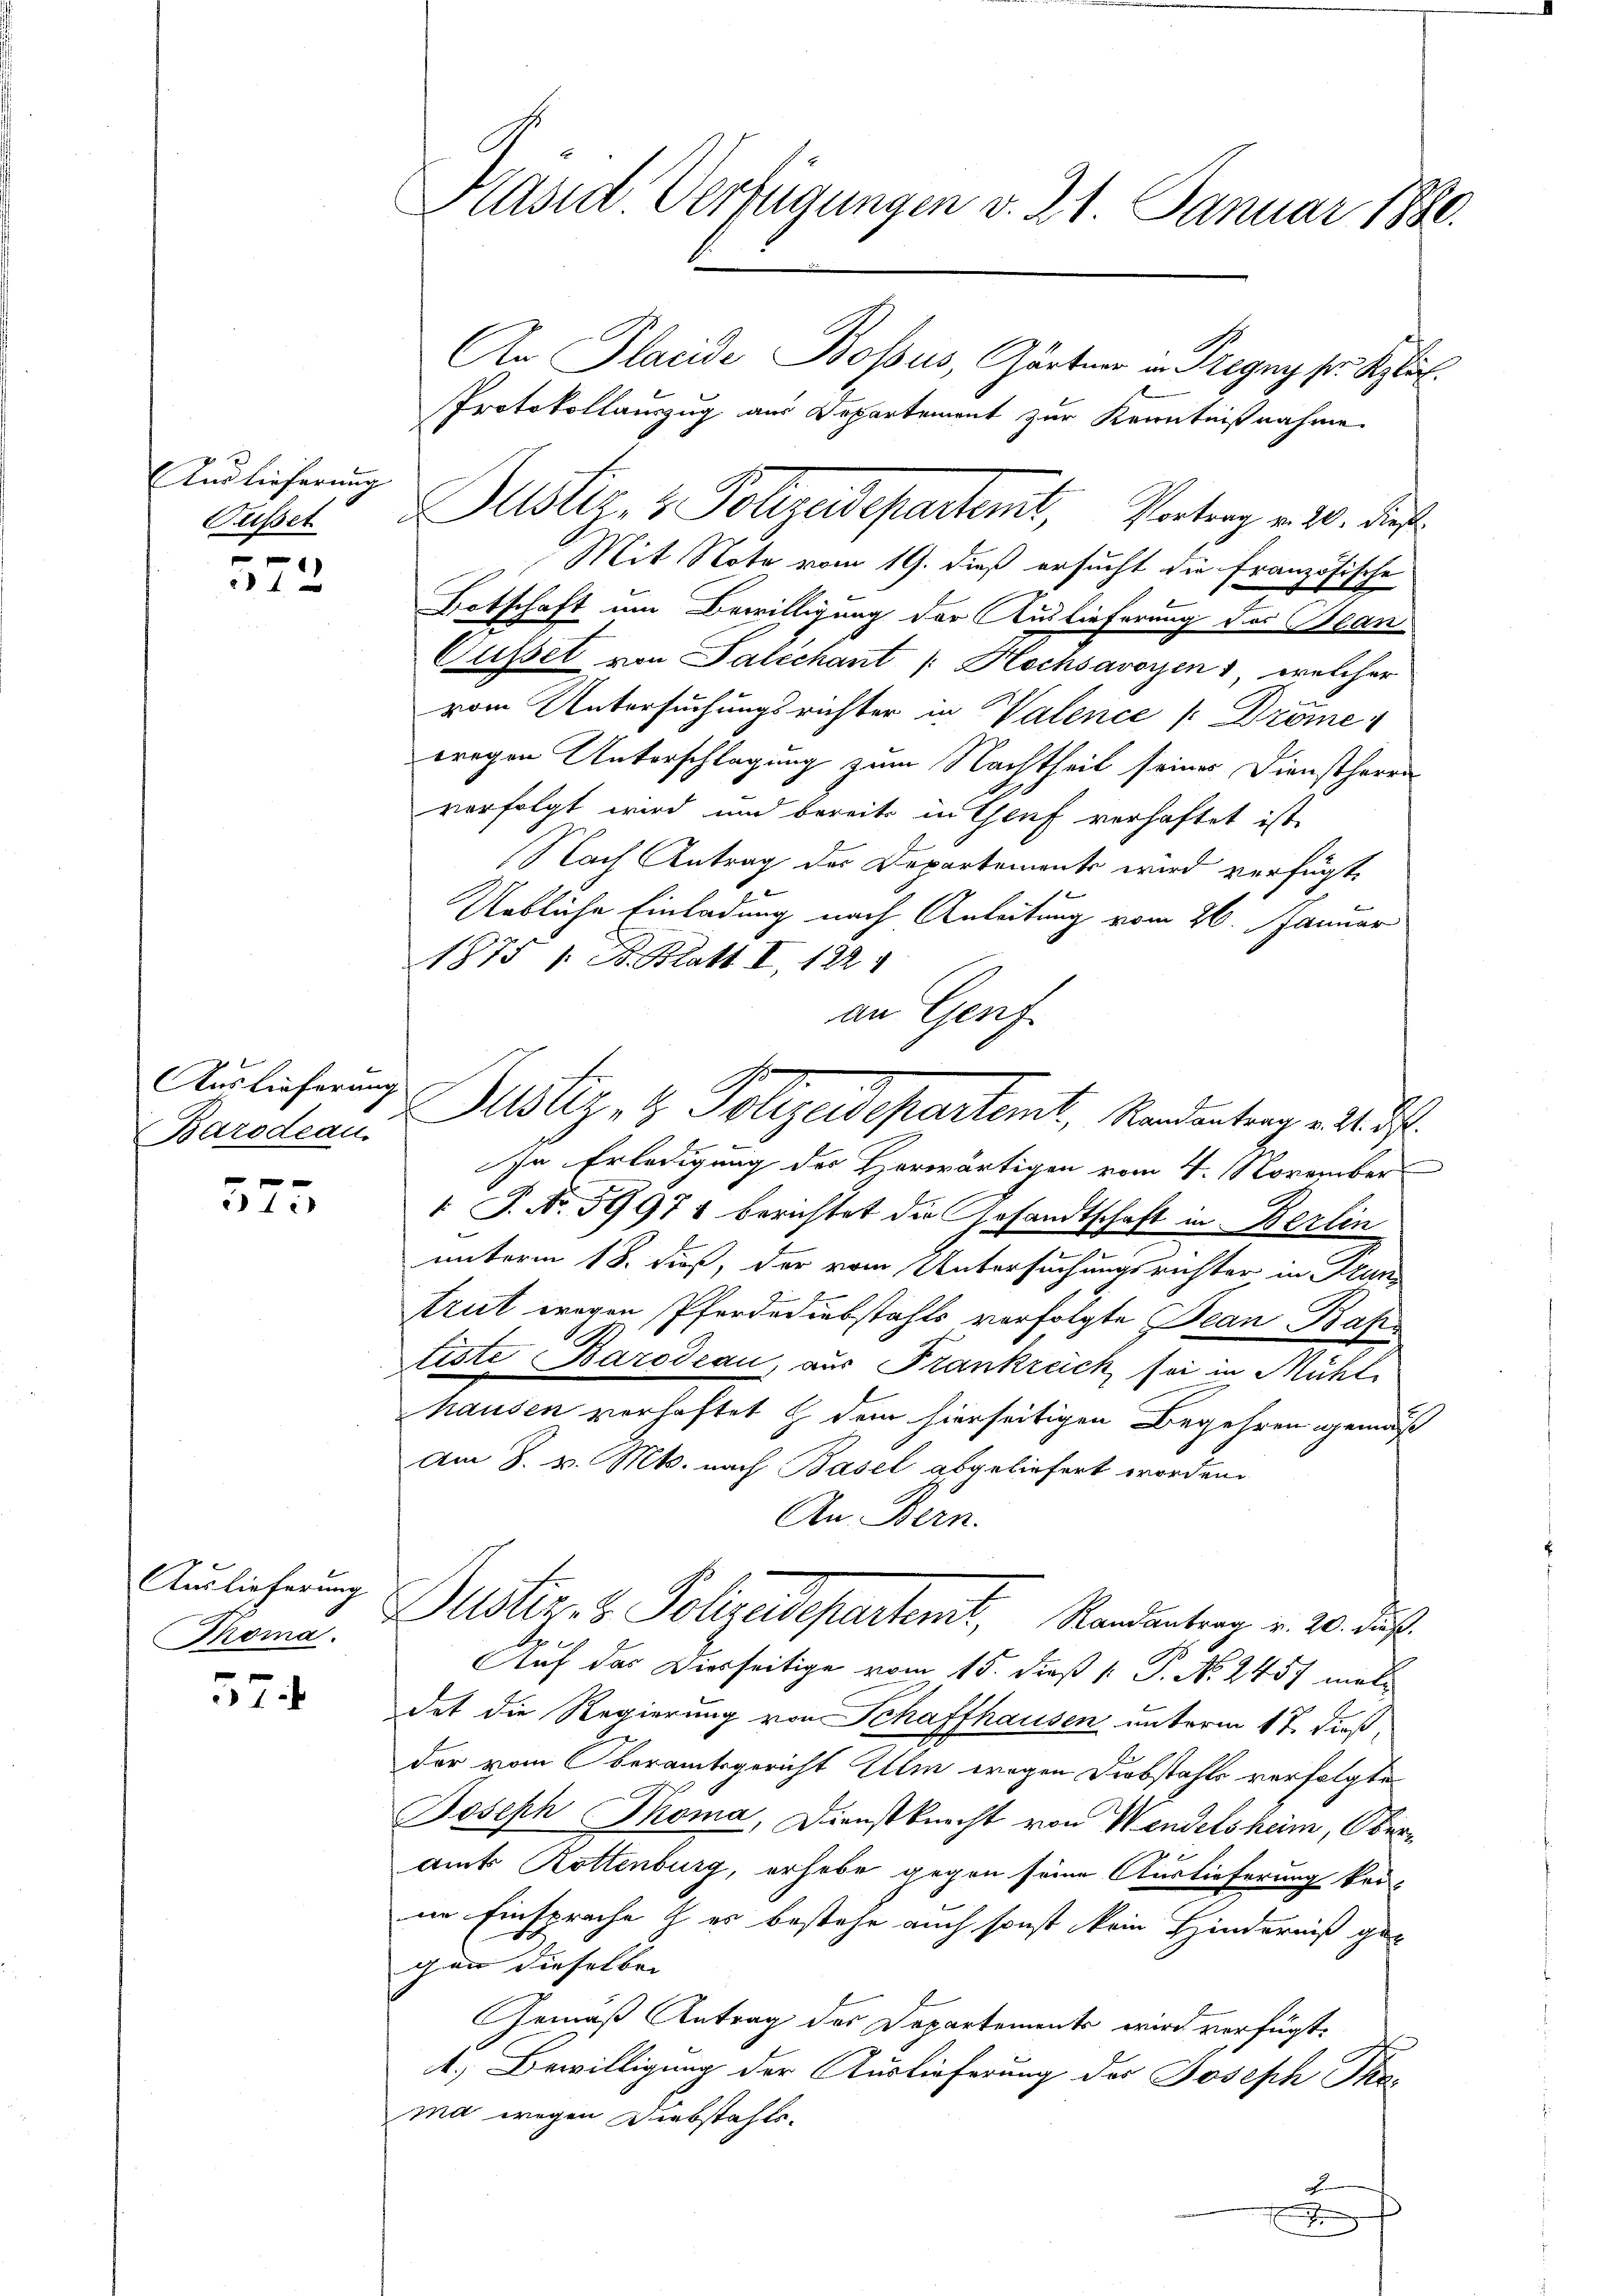
Und lieferung

¬
512

Auslieferung
Barodeau.

575

Auslieferung
Thoma

57

Präsid. Verfügungen v. 21 Januar 1880.

An Placide Bossus, Gärtner in Pregung sr. Seglic
Protokollauszug aus Departement zur Kenntnißnahme
Mit Note vom 19. dieß ersucht die französische
Botschaft um Bewilligung der Auslieferung des Bean
Cusset von Paléchant /: Hochsavoyen , welcher
vom Untersuchungsrichter in Valence [ Dröme
wegen Unterschlagung zum Nachtheil seines Dienstherrn
verfolgt wird und bereits in Genf verhaftet ist,
Nach Antrag des Departements wird verfügt,
Uebliche Einladung nach Anleitung vom 26. Januar
1875 / B. Blatt II, 122
an Genf
In Erledigung des Herwärtigen vom 4. November
1 J. No. 59971 berichtet die Gesandtschaft in Berlin
unterm 18. Fuß, der vom Untersuchungsrichter in Grun
trut wegen Pferden abstahls verfolgte Bean Bahtiste Barodeau, aus Frankreich sei in Mühl
hausen verhaftet & dem hierseitigen Begehren gemäß
Am 8. v. Mts. nach Basel abgeliefert worden.
An Bern.
Justiz- & Polizeidepartemt, Randantrag v. 20. Fuß.
x
Auf das Dierseitige vom 15. dieß [ P. Nr. 245 mal
dat die Regierung von Schaffhausen unterm 17. dieß,
der vom Oberamtsgericht Ulm wegen Diebstahls verfolgte
Joseph Thoma, Dienstknecht von Wendelsheim, Oberamt Rottenburg, erhebe gegen seine Auslieferung keine Einsprache h es bestehe auch sonst kein Hinderniß gegen dieselben
Gemäß Antrag des Departements wird verfügt:
1.) Bewilligung der Auslieferung des Joseph Tkama wegen Diebstahls
F
r

Ausset. Justiz- & Polizeidepartent, Vortrag v. 20. dies

Justiz- & Polizeidepartamt, Nordentrag als I